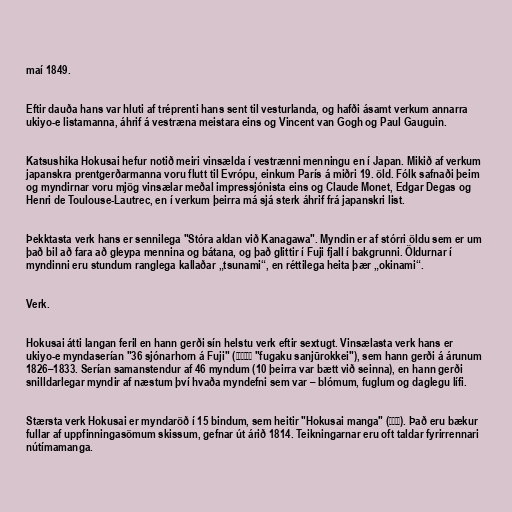
maí 1849.

Eftir dauða hans var hluti af tréprenti hans sent til vesturlanda, og hafði ásamt verkum annarra
ukiyo-e listamanna, áhrif á vestræna meistara eins og Vincent van Gogh og Paul Gauguin.

Katsushika Hokusai hefur notið meiri vinsælda í vestrænni menningu en í Japan. Mikið af verkum
japanskra prentgerðarmanna voru flutt til Evrópu, einkum París á miðri 19. öld. Fólk safnaði þeim
og myndirnar voru mjög vinsælar meðal impressjónista eins og Claude Monet, Edgar Degas og
Henri de Toulouse-Lautrec, en í verkum þeirra má sjá sterk áhrif frá japanskri list.

Þekktasta verk hans er sennilega "Stóra aldan við Kanagawa". Myndin er af stórri öldu sem er um
það bil að fara að gleypa mennina og bátana, og það glittir í Fuji fjall í bakgrunni. Öldurnar í
myndinni eru stundum ranglega kallaðar „tsunami“, en réttilega heita þær „okinami“.

Verk.

Hokusai átti langan feril en hann gerði sín helstu verk eftir sextugt. Vinsælasta verk hans er
ukiyo-e myndaserían "36 sjónarhorn á Fuji" (富嶽三十六景 "fugaku sanjūrokkei"), sem hann gerði á árunum
1826–1833. Serían samanstendur af 46 myndum (10 þeirra var bætt við seinna), en hann gerði
snilldarlegar myndir af næstum því hvaða myndefni sem var – blómum, fuglum og daglegu lífi.

Stærsta verk Hokusai er myndaröð í 15 bindum, sem heitir "Hokusai manga" (北斎漫画). Það eru bækur
fullar af uppfinningasömum skissum, gefnar út árið 1814. Teikningarnar eru oft taldar fyrirrennari
nútímamanga.